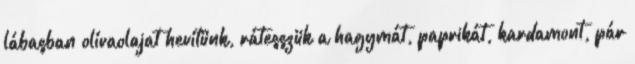
lábasban olívaolajat hevítünk, rátesszük a hagymát, paprikát, kardamont, pár